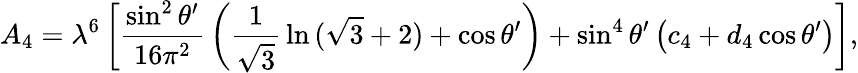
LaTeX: A_{4}=\lambda^{6}\left[{\frac{\sin^{2}\theta^{\prime}}{16\pi^{2}}}\left({\frac{1}{\sqrt{3}}}\ln{(\sqrt{3}+2)}+\cos\theta^{\prime}\right)+\sin^{4}\theta^{\prime}\left(c_{4}+d_{4}\cos\theta^{\prime}\right)\right],